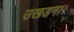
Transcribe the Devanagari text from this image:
उखडना।